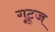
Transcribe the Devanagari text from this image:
गूट्ज